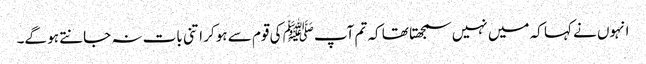
انہوں نے کہا کہ میں نہیں سمجھتا تھا کہ تم آپﷺ کی قوم سے ہو کر اتنی بات نہ جانتے ہو گے۔